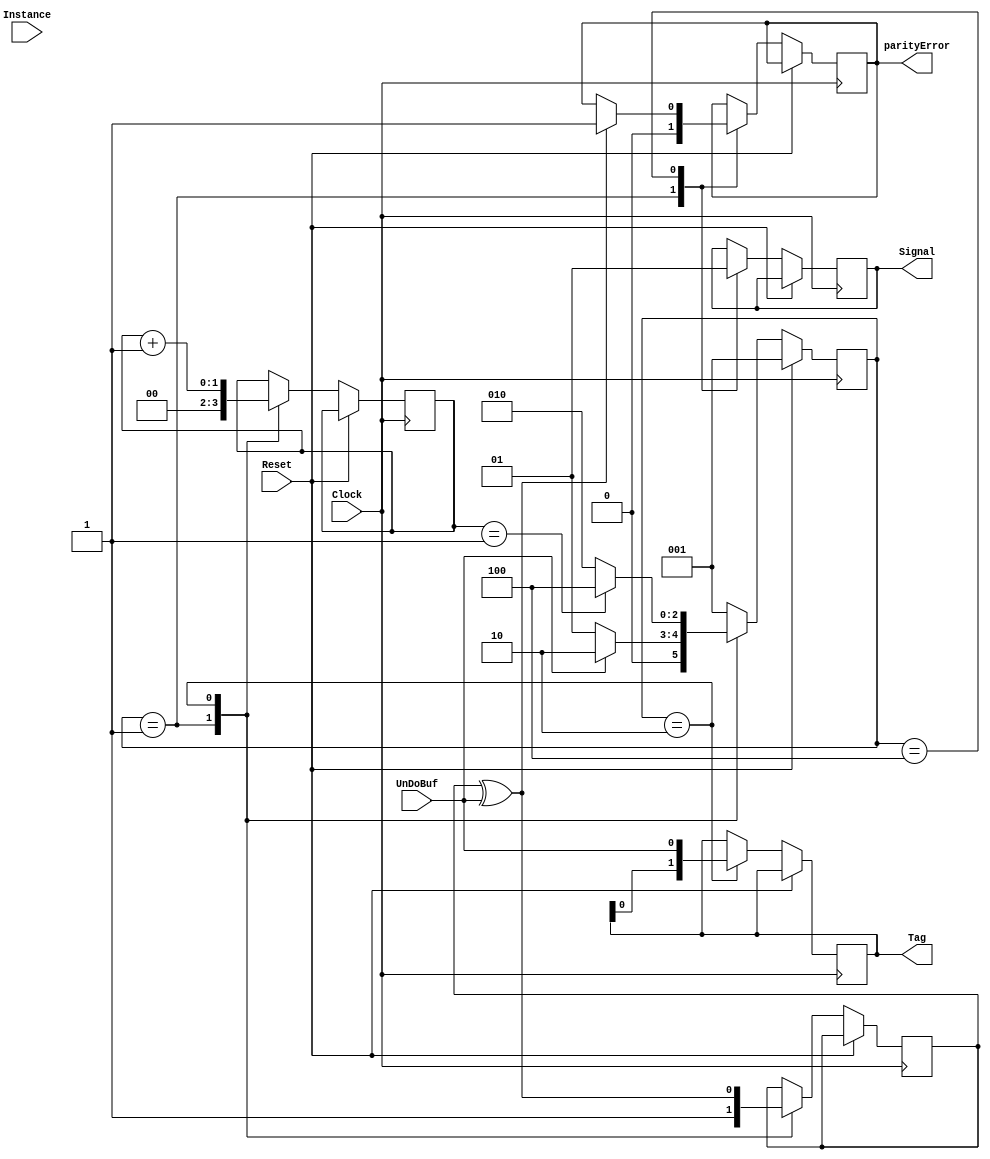
// Decode the 4-bit string for the undo-buffer signal
// R. Johnson, 9/4/2013
module UnDoDecode(parityError,Signal,Tag,UnDoBuf,Clock,Reset,Instance);

input [4:0] Instance;	// Specifies the tracker board
input Clock;			// 100 MHz system clock
input Reset;			// System reset
input UnDoBuf;			// Serial input 
output Signal;			// 1-clock long output signal
output [1:0] Tag;		// Decoded trigger tag
output parityError;		// Parity error signal

reg Signal;
reg [1:0] Tag;

parameter [2:0] Wait= 3'b001;	//Wait for the start bit of a signal
parameter [2:0] CkIn= 3'b010;	//Clock in the trigger tag
parameter [2:0] Prty= 3'b100;	//Check the parity bit

reg [2:0] State, NextState;
reg [1:0] Cnt;
reg Parity;
reg parityError;

always @ (State or UnDoBuf or Cnt) begin
	case (State)
		Wait:	begin
					if (UnDoBuf) NextState = CkIn;
					else NextState = Wait;
				end
		CkIn:	begin
					if (Cnt == 1) NextState = Prty;
					else NextState = CkIn;
				end
		Prty:	begin
					NextState = Wait;
				end
		default:	NextState = Wait;
	endcase
end

always @ (posedge Clock) begin
	if (Reset) begin
		State <= Wait;
	end else begin
		State <= NextState;
		case (State)
			Wait:	begin
						Cnt <= 0;
						Parity <= 1'b1;
						Signal <= 1'b0;
						parityError <= 1'b0;
					end
			CkIn:	begin
						Cnt <= Cnt + 1;
						Tag <= {Tag[0],UnDoBuf};
						Parity <= Parity^UnDoBuf;
					end
			Prty:	begin
						if (Parity^UnDoBuf != 1'b0) begin
							$display("%g\t UnDoDecode %d: parity error, Tag=%b",$time,Instance,Tag);
							parityError <= 1'b1;
						end
						Signal <= 1'b1;
//						$display("%g\t UnDoDecode %d signal: Tag=%d, Parity bit=%b.",$time,Instance,Tag,UnDoBuf);
					end
		endcase
	end
end

endmodule